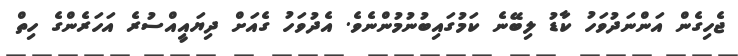
ޖެހިގެން އަންނަދުވަހު ކާޑު ލިބޭނެ ކަމުގައިބުނުމުންނެވެ. އެދުވަހު ގެއަށް ދިޔައީއްސުރެ އަހަރެންގެ ހިތް